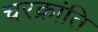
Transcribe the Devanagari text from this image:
चरक्रांति